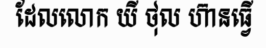
ដែលលោក យី ថុល ហ៊ានធ្វើ